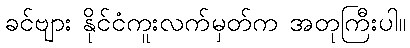
ခင်ဗျား နိုင်ငံကူးလက်မှတ်က အတုကြီးပါ။